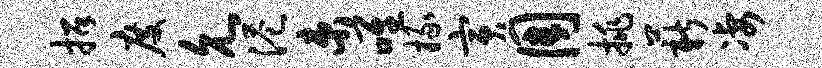
招度允港束唯掾寅周挑薪凄